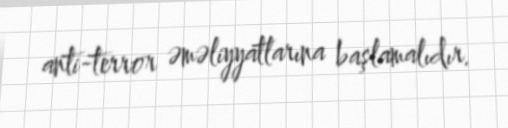
anti-terror əməliyyatlarına başlamalıdır.